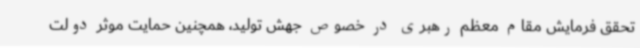
تحقق فرمایش مقام معظم رهبری در خصوص جهش تولید، همچنین حمایت موثر دولت